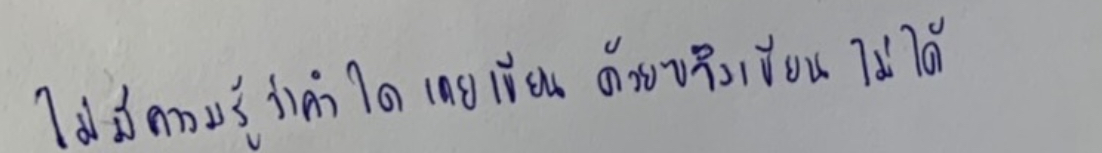
ไม่มีความรู้ว่าคำใดเคยเขียนด้วยฃจึงเขียนไม่ได้